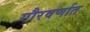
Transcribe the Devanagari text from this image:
गौरवर्णात